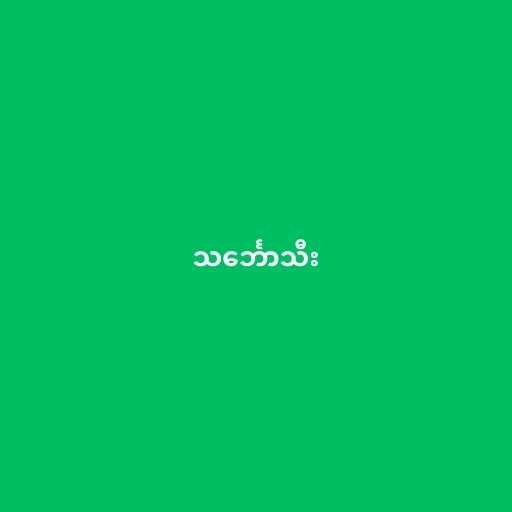
သင်္ဘောသီး